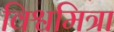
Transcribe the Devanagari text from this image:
विश्वमित्रा